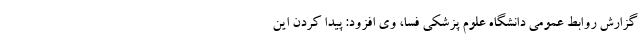
گزارش روابط عمومی دانشگاه علوم پزشکی فسا، وی افزود: پیدا کردن این